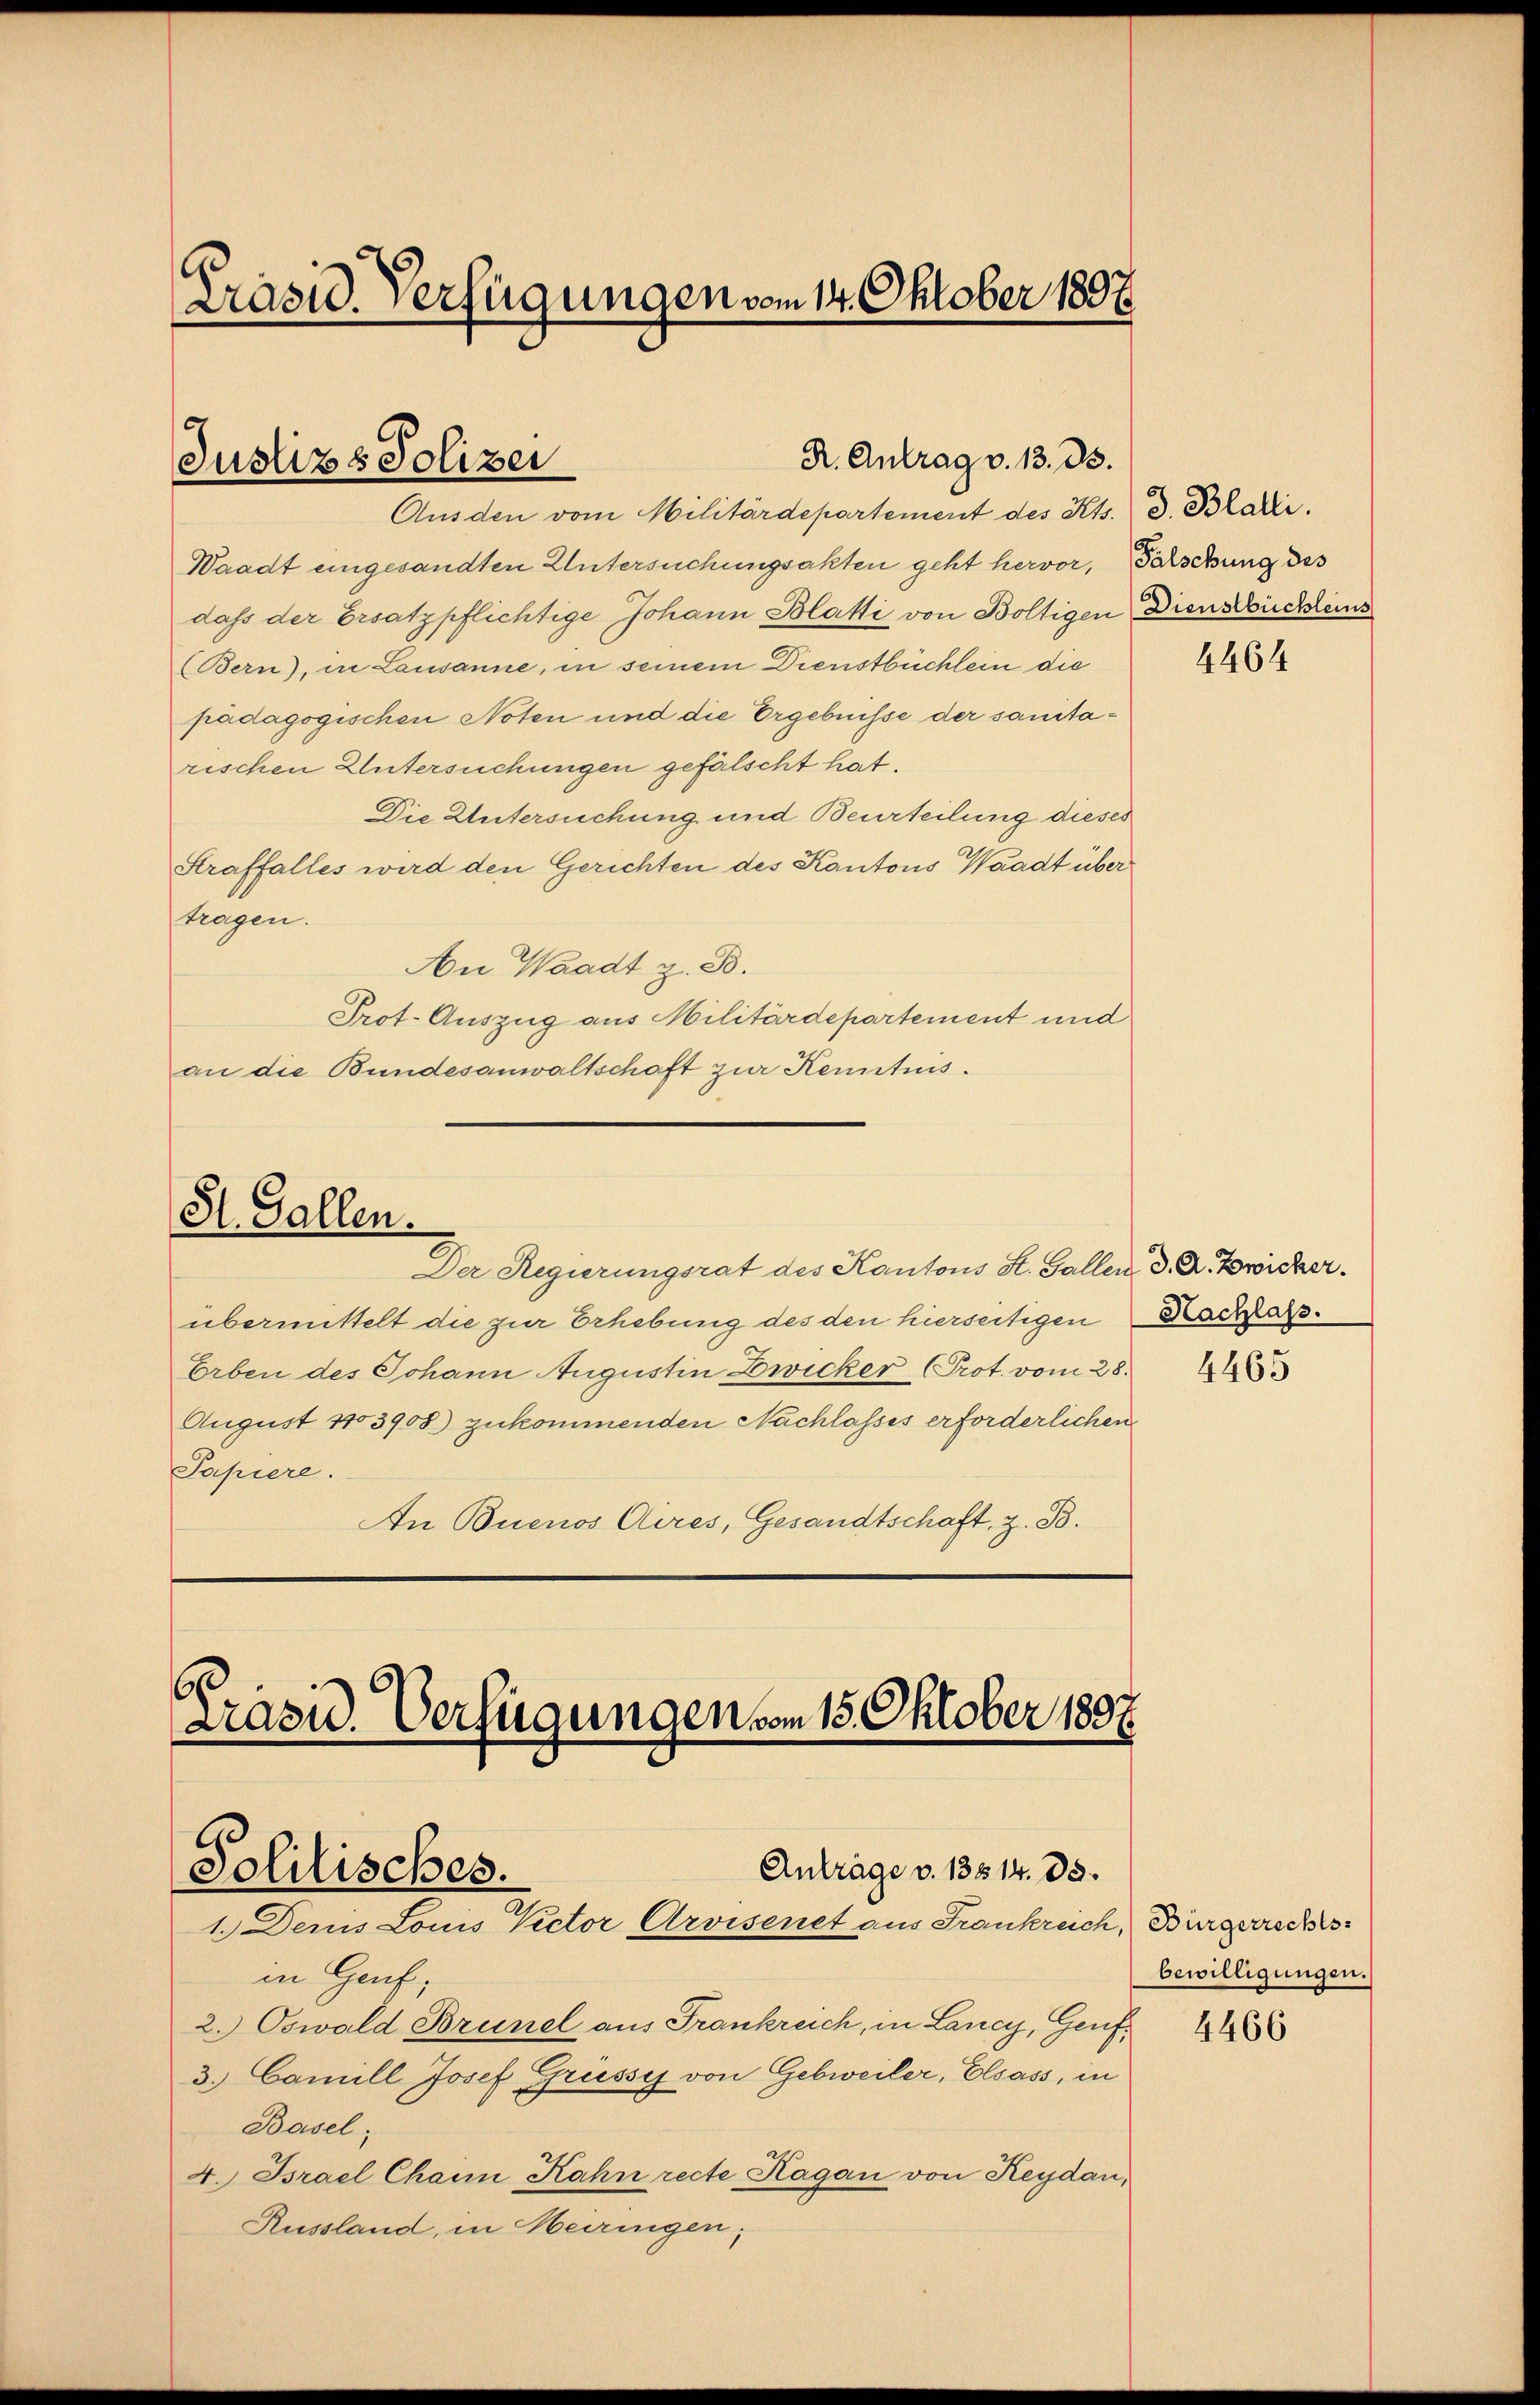
Präsid. Verfügungen vom 14. Oktober 1897

R. Antrag v. 13. ds.
Justizs Polizei

Ausden vom Militärdepartement des Kts. d. Bladii.
Waadt eingesandten Untersuchungsakten geht hervor, Parschung des
dass der Ersatzpflichtige Johann Blatti von Boltigen Diensbucheins
(Bern, in Lausanne, in seinem Dienstbüchlein die
pädagogischen Noten und die Ergebnisse der sanitarischen Untersuchungen gefälscht hat.
Die Untersuchung und Beurteilung dieses
Straffalles wird den Gerichten des Kantons Waadt über
tragen.
An Waadt z. B.
Prot. Auszug aus Militärdepartement und
an die Bundesanwaltschaft zur Kenntnis.

St. Gallen.

Der Regierungsrat des Kantons St. Gallen d. R. Towicker.
übermittelt die zur Erhebung des den hierseitigen
Erben des Johann Augustin Zwicker (Prot. vom 28.
August 1103908) zukommenden Nachlasses erforderlichen
Papiere.
An Buenos Aires, Gesandtschaft, z. B.

.
Prasid. Verfügungen vom 15. Oktober 1897

Anträge v. 13514. 85.
Politisches.
1. Denis Louis Pector Arvisenet aus Frankreich, Bürgerrechts¬

in Genf;
2. Oswald Brunel aus Frankreich, in Lancy, Genf¬
3. Camill Josef Grusses von Gebweiler, Elsass, in
Basel,
4. Israel Chain Kahn recte Hagan von Keydan,
Russland, in Meiringen;

4464

Hachlass.

4465

bewilligungen.

4466